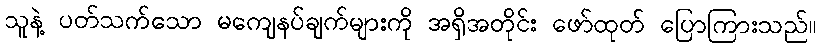
သူနဲ့ ပတ်သက်သော မကျေနပ်ချက်များကို အရှိအတိုင်း ဖော်ထုတ် ပြောကြားသည်။